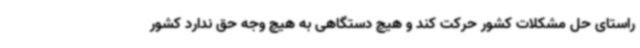
راستای حل مشکلات کشور حرکت کند و هیچ دستگاهی به هیچ وجه حق ندارد کشور